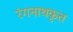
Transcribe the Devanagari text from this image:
रंगनाथकृत